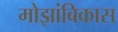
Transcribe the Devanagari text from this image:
मोझांबिकास